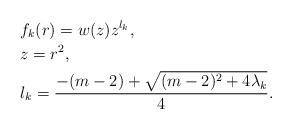
LaTeX: \begin{align*}&f_k(r) = w(z)z^{l_k} ,\\&z = r^2 ,\\&l_k = \frac{-(m-2) + \sqrt{(m-2)^2 + 4\lambda_k}}{4}.\end{align*}